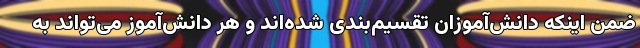
ضمن اینکه دانش‌آموزان تقسیم‌بندی شده‌اند و هر دانش‌آموز می‌تواند به